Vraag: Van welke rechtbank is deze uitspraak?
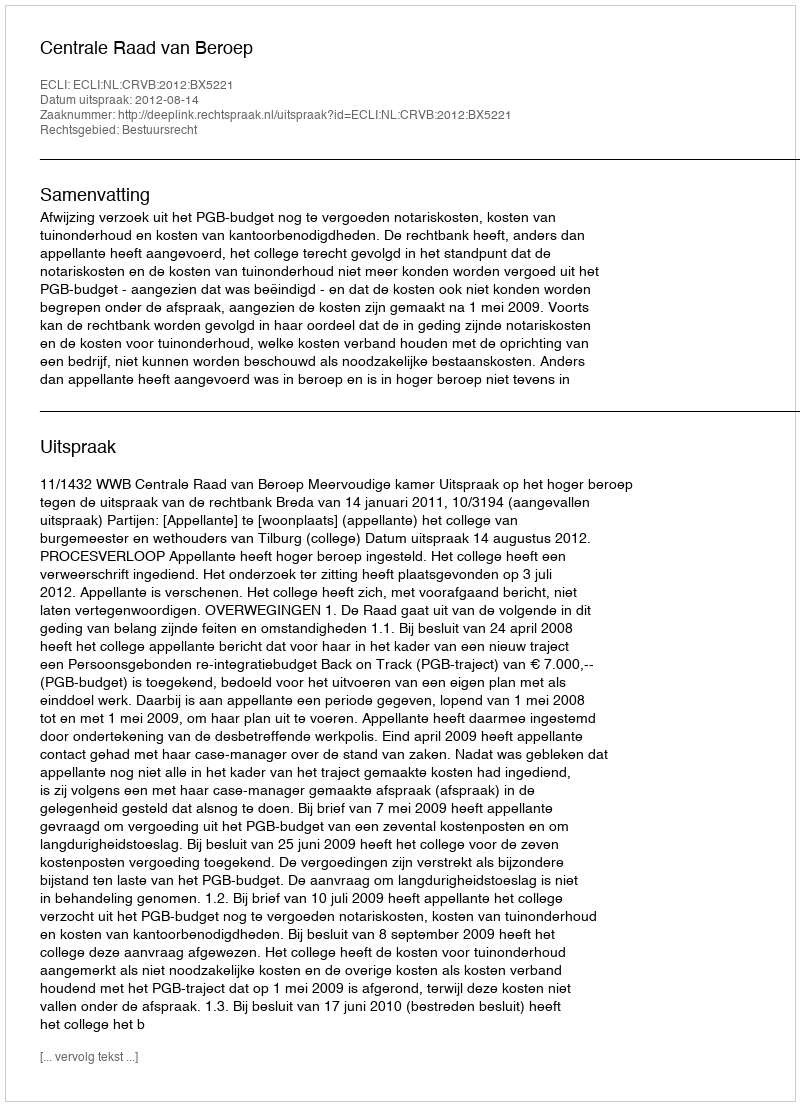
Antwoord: Centrale Raad van Beroep